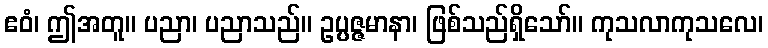
ဧဝံ၊ ဤအတူ။ ပညာ၊ ပညာသည်။ ဥပ္ပဇ္ဇမာနာ၊ ဖြစ်သည်ရှိသော်။ ကုသလာကုသလေ၊